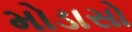
મોડાસો